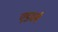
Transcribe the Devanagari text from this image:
एडवर्ब